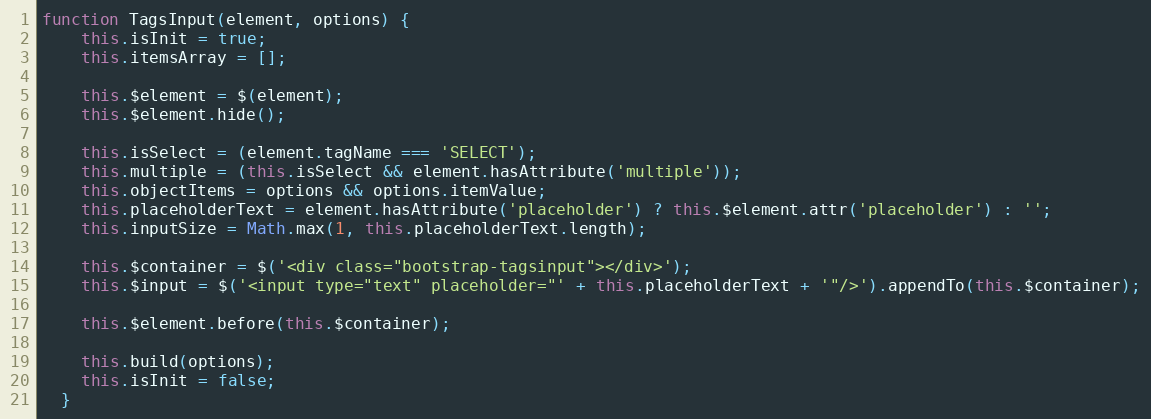
Language: JavaScript
function TagsInput(element, options) {
    this.isInit = true;
    this.itemsArray = [];

    this.$element = $(element);
    this.$element.hide();

    this.isSelect = (element.tagName === 'SELECT');
    this.multiple = (this.isSelect && element.hasAttribute('multiple'));
    this.objectItems = options && options.itemValue;
    this.placeholderText = element.hasAttribute('placeholder') ? this.$element.attr('placeholder') : '';
    this.inputSize = Math.max(1, this.placeholderText.length);

    this.$container = $('<div class="bootstrap-tagsinput"></div>');
    this.$input = $('<input type="text" placeholder="' + this.placeholderText + '"/>').appendTo(this.$container);

    this.$element.before(this.$container);

    this.build(options);
    this.isInit = false;
  }